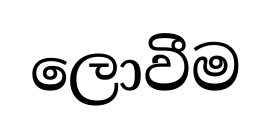
ලොවීම